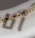
أنا